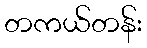
တကယ်တန်း